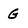
Character: G